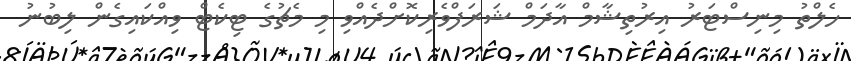
ހެލްތު މިނިސްޓަރު އިރުތިޝާމް އާދަމް ޝަރަފްވެރިކޮށްދެއްވި މި މެޗުގެ ޓިކެޓް ވިއްކައިގެން ލިބުނު